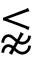
\lnapprox